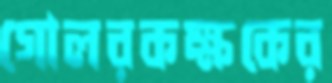
গোলরকক্ষকের